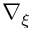
\nabla _ { \xi }